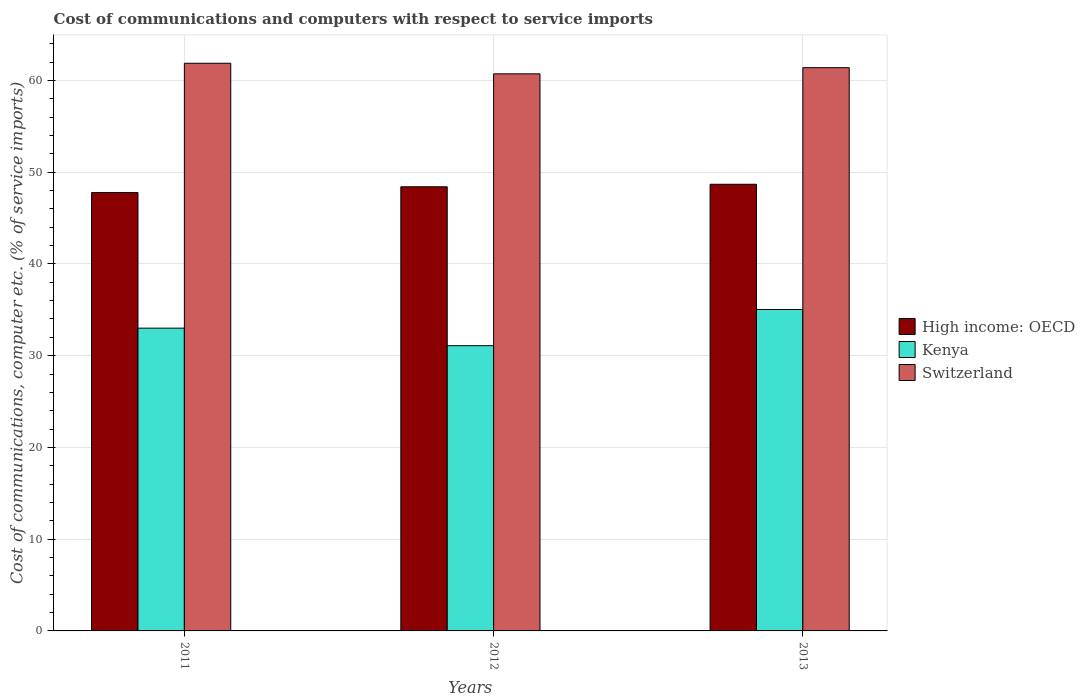
| Years | High income: OECD | Kenya | Switzerland |
 | --- | --- | --- | --- |
 | 2011 | 47.8 | 33 | 61.9 |
 | 2012 | 48.4 | 31.1 | 60.7 |
 | 2013 | 48.7 | 35 | 61.4 |